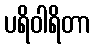
ပရိဝါရိတာ